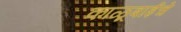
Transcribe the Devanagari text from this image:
काळूबाईचे